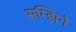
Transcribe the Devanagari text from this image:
सम्झिने